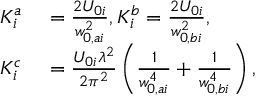
\begin{array} { r l } { K _ { i } ^ { a } } & { { } = \frac { 2 U _ { 0 i } } { w _ { 0 , a i } ^ { 2 } } , K _ { i } ^ { b } = \frac { 2 U _ { 0 i } } { w _ { 0 , b i } ^ { 2 } } , } \\ { K _ { i } ^ { c } } & { { } = \frac { U _ { 0 i } \lambda ^ { 2 } } { 2 \pi ^ { 2 } } \left( \frac { 1 } { w _ { 0 , a i } ^ { 4 } } + \frac { 1 } { w _ { 0 , b i } ^ { 4 } } \right) , } \end{array}